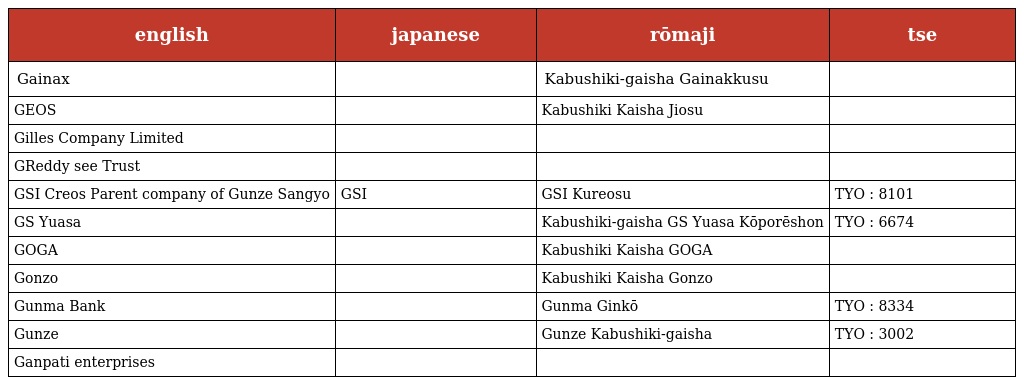
| english | japanese | rōmaji | tse |
 | --- | --- | --- | --- |
 | Gainax | 株式会社ガイナックス | Kabushiki-gaisha Gainakkusu |  |
 | GEOS | 株式会社ジオス | Kabushiki Kaisha Jiosu |  |
 | Gilles Company Limited | 有限会社ジル |  |  |
 | GReddy see Trust |  |  |  |
 | GSI Creos Parent company of Gunze Sangyo | GSIクレオス | GSI Kureosu | TYO : 8101 |
 | GS Yuasa | 株式会社ジーエス・ユアサ コーポレーション | Kabushiki-gaisha GS Yuasa Kōporēshon | TYO : 6674 |
 | GOGA | 株式会社ゴーガ | Kabushiki Kaisha GOGA |  |
 | Gonzo | 株式会社ゴンゾ | Kabushiki Kaisha Gonzo |  |
 | Gunma Bank | 群馬銀行 | Gunma Ginkō | TYO : 8334 |
 | Gunze | グンゼ株式会社 | Gunze Kabushiki-gaisha | TYO : 3002 |
 | Ganpati enterprises |  |  |  |